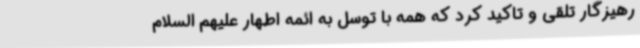
رهیزگار تلقی و تاکید کرد که همه با توسل به ائمه اطهار علیهم السلام